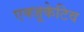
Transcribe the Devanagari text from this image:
एक्‍जूकेटिव